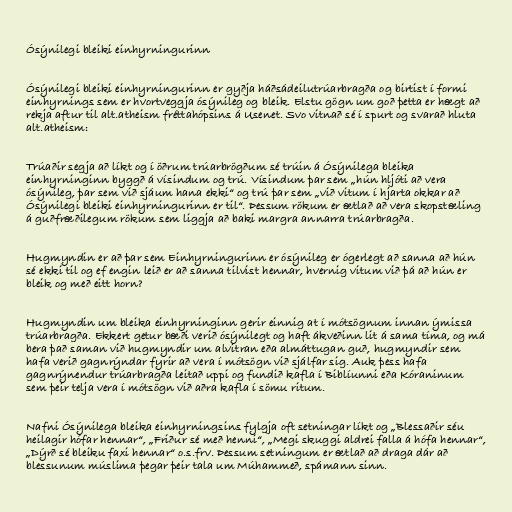
Ósýnilegi bleiki einhyrningurinn

Ósýnilegi bleiki einhyrningurinn er gyðja háðsádeilutrúarbragða og birtist í formi
einhyrnings sem er hvortveggja ósýnileg og bleik. Elstu gögn um goð þetta er hægt að
rekja aftur til alt.atheism fréttahópsins á Usenet. Svo vitnað sé í spurt og svarað hluta
alt.atheism:

Trúaðir segja að líkt og í öðrum trúarbrögðum sé trúin á Ósýnilega bleika
einhyrninginn byggð á vísindum og trú. Vísindum þar sem „hún hljóti að vera
ósýnileg, þar sem við sjáum hana ekki“ og trú þar sem „við vitum í hjarta okkar að
Ósýnilegi bleiki einhyrningurinn er til“. Þessum rökum er ætlað að vera skopstæling
á guðfræðilegum rökum sem liggja að baki margra annarra trúarbragða.

Hugmyndin er að þar sem Einhyrningurinn er ósýnileg er ógerlegt að sanna að hún
sé ekki til og ef engin leið er að sanna tilvist hennar, hvernig vitum við þá að hún er
bleik og með eitt horn?

Hugmyndin um bleika einhyrninginn gerir einnig at í mótsögnum innan ýmissa
trúarbragða. Ekkert getur bæði verið ósýnilegt og haft ákveðinn lit á sama tíma, og má
bera það saman við hugmyndir um alvitran eða almáttugan guð, hugmyndir sem
hafa verið gagnrýndar fyrir að vera í mótsögn við sjálfar sig. Auk þess hafa
gagnrýnendur trúarbragða leitað uppi og fundið kafla í Biblíunni eða Kóraninum
sem þeir telja vera í mótsögn við aðra kafla í sömu ritum.

Nafni Ósýnilega bleika einhyrningsins fylgja oft setningar líkt og „Blessaðir séu
heilagir hófar hennar“, „Friður sé með henni“, „Megi skuggi aldrei falla á hófa hennar“,
„Dýrð sé bleiku faxi hennar“ o.s.frv. Þessum setningum er ætlað að draga dár að
blessunum múslima þegar þeir tala um Múhammeð, spámann sinn.